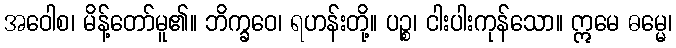
အဝေါစ၊ မိန့်တော်မူ၏။ ဘိက္ခဝေ၊ ရဟန်းတို့။ ပဉ္စ၊ ငါးပါးကုန်သော။ ဣမေ ဓမ္မေ၊